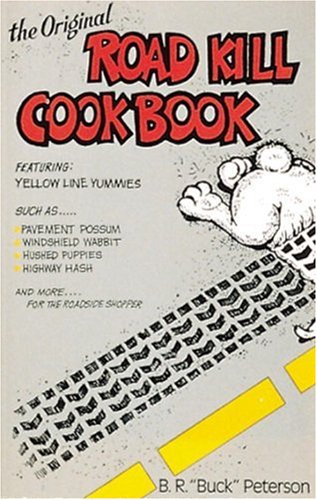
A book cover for The Original Road Kill Cookbook; Buck Peterson; Humor & Entertainment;